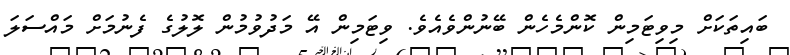
ބައިތަކަށް މިވިޓަމިން ކޮންމެހެން ބޭނުންވެއެވެ. ވިޓަމިން އޭ މަދުވުމުން ލޮލުގެ ފެނުމަށް މައްސަލަ